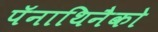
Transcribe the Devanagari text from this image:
पॅनाथिनैको